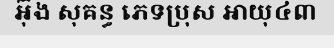
អ៊ុង សុគន្ធ ភេទប្រុស អាយុ៤៣